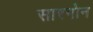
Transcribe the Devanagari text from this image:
सारगोन